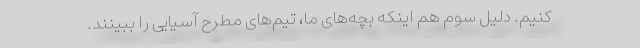
کنیم. دلیل سوم هم اینکه بچه‌های ما، تیم‌های مطرح آسیایی را ببینند.